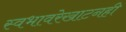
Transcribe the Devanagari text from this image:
स्वभावरेखाटनही